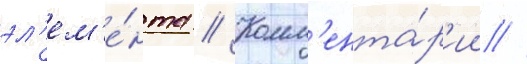
эл'ем'е́нта // Комм'ента́р'ии //